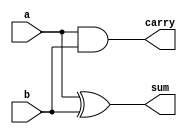
/////////////////////////////////////////
// Basil Skaria (20)                   // 
// S4 CSE                              //
// MITS                                // 
// Verilog codes of lab cycle          //
//                                     //
/////////////////////////////////////////
module half_adder( a , b , sum , carry );
 
  input  a;
  input  b;
  output sum;
  output carry;
 
  assign sum   = a ^ b;  
  assign carry = a & b;  
 
endmodule 
 
module half_adder_tb;
 
  reg a = 0;
  reg b = 0;
  wire sum;
  wire carry;
   
  half_adder half_adder_inst( .a(a) , .b(b) , .sum(sum) , .carry(carry) );
 
  initial
    begin
$dumpfile("Half_add.vcd");
	$dumpvars;
	$display(" a | b |sum | carry");		
$monitor(" %b | %b | %b  | %b ",a,b,sum,carry);
	
	  #5
      a = 1'b0;
      b = 1'b0;
      #5;
      a = 1'b0;
      b = 1'b1;
      #5;
      a = 1'b1;
      b = 1'b0;
      #5;
      a = 1'b1;
      b = 1'b1;
      #5;
	  a = 1'b1;
      b = 1'b1;

    end 
 
endmodule